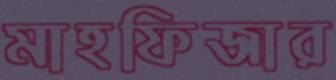
মাহফিজার